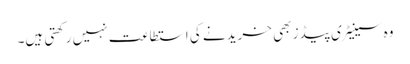
وہ سینیٹری پیڈز بھی خریدنے کی استطاعت نہیں رکھتی ہیں۔